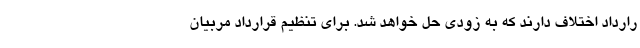
رارداد اختلاف دارند که به زودی حل خواهد شد. برای تنظیم قرارداد مربیان